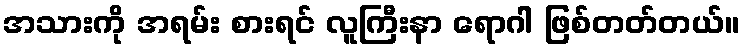
အသားကို အရမ်း စားရင် လူကြီးနာ ရောဂါ ဖြစ်တတ်တယ်။